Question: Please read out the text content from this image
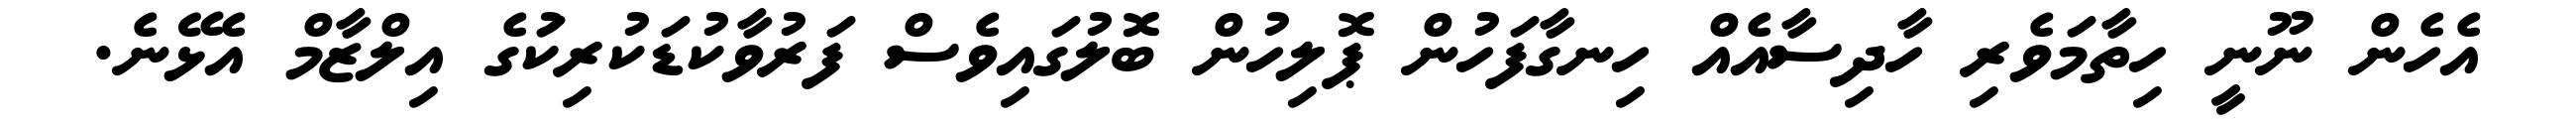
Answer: އެހެން ނޫނީ ހިތާމަވެރި ހާދިސާއެއް ހިނގާފަހުން ޕޮލިހުން ބޮލުގައިވެސް ފަރުވާކުޑަކުރިކަުގެ އިލްޒާމް އެޅޭނެ.